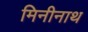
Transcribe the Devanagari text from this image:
मिनीनाथ